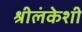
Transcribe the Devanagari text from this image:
श्रीलंकेशी